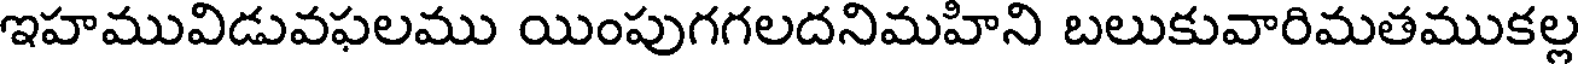
ఇహమువిడువఫలము యింపుగగలదనిమహిని బలుకువారిమతముకల్ల